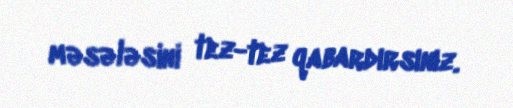
məsələsini tez-tez qabardırsınız.